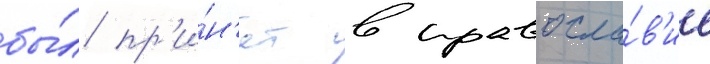
бы́л пр'и́н'ят в правосла́в'ие